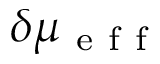
\delta \mu _ { \mathrm { ~ e ~ f ~ f ~ } }